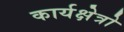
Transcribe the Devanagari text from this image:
कार्यक्षेत्रो